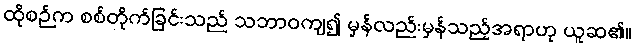
ထိုစဉ်က စစ်တိုက်ခြင်းသည် သဘာဝကျ၍ မှန်လည်းမှန်သည့်အရာဟု ယူဆ၏။